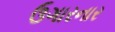
ઉગારનાર